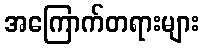
အကြောက်တရားများ